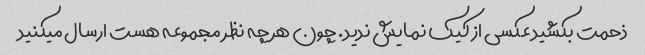
ذحمت بکشید عکسی از کیک نمایش ندید. چون هر چه نظر مجموعه هست ارسال میکنید